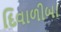
દિવાળીબા